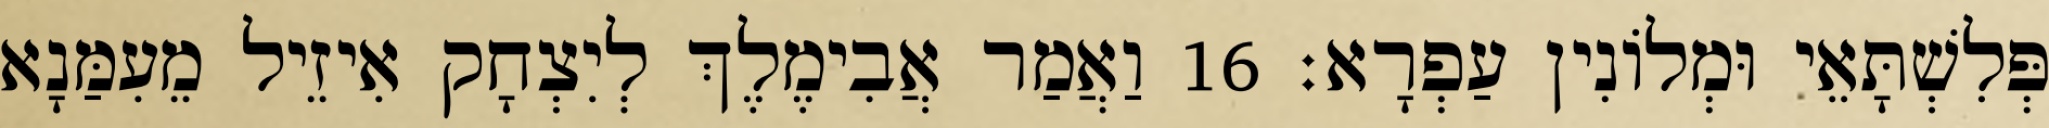
פְּלִשְׁתָּאֵי וּמְלוֹנִין עַפְרָא׃ 16 וַאֲמַר אֲבִימֶלֶךְ לְיִצְחָק אִיזֵיל מֵעִמַּנָא